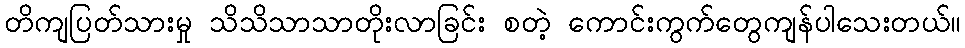
တိကျပြတ်သားမှု သိသိသာသာတိုးလာခြင်း စတဲ့ ကောင်းကွက်တွေကျန်ပါသေးတယ်။